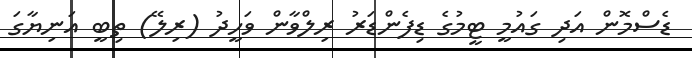
ޑެސްމޮން އަދި ގައުމީ ޓީމުގެ ޑިފެންޑަރު ރިލްވާން ވަހީދު (ރިލޭ) ތިބީ އަނިޔާގަ